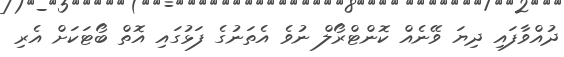
ދުއްވާފައި ދިޔަ ވޭނެއް ކޮންޓްރޯލް ނުވެ އެތަނުގެ ފަޅުގައި އޮތް ބޯޓަކަށް އެރި